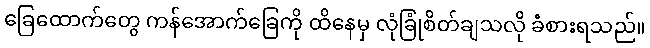
ခြေထောက်တွေ ကန်အောက်ခြေကို ထိနေမှ လုံခြုံစိတ်ချသလို ခံစားရသည်။